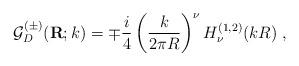
LaTeX: \begin{align*}{\mathcal G}^{(\pm)}_{{D}}({\bf R};k) =\mp \frac{i}{4}\left( \frac{k}{2\pi R} \right)^{\nu}H^{(1,2)}_{\nu}(kR)\; ,\end{align*}